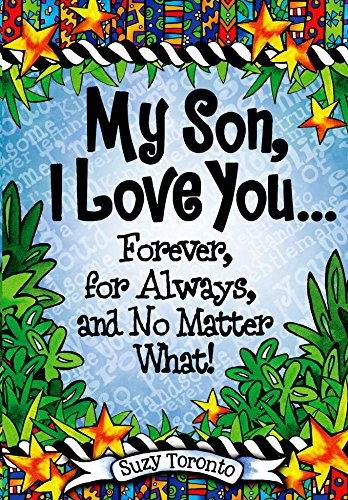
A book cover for My Son, I Love You Forever, for Always, and No Matter What!; Suzy Toronto; Parenting & Relationships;